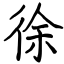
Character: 徐